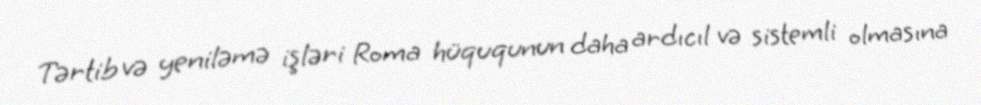
Tərtib və yeniləmə işləri Roma hüququnun daha ardıcıl və sistemli olmasına